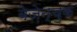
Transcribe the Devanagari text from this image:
बेज़ेन्चुक